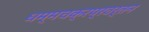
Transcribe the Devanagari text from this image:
धम्मचक्रप्रवर्तन